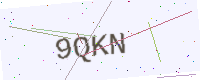
Text: 9QKN